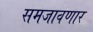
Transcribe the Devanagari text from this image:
समजावणार